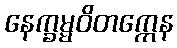
နေက္ခမ္မဝိတက္ကေန